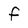
Character: f